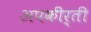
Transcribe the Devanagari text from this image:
अपकीर्ती